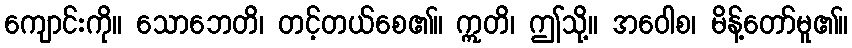
ကျောင်းကို။ သောဘေတိ၊ တင့်တယ်စေ၏။ ဣတိ၊ ဤသို့။ အဝေါစ၊ မိန့်တော်မူ၏။